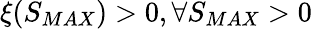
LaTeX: \xi(S_{MAX})>0,\forall S_{MAX}>0